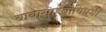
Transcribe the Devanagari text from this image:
बाबासाहेंबांविषयी